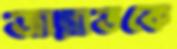
জান্নাতকে